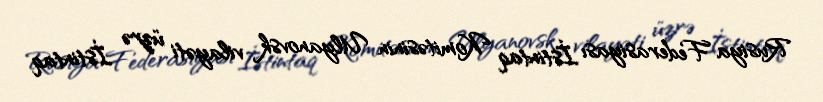
Rusiya Federasiyası İstintaq Komitəsinin Ulyanovsk vilayəti üzrə İstintaq